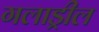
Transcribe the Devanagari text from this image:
गलाड्रील